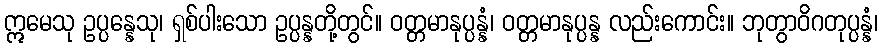
ဣမေသု ဥပ္ပန္နေသု၊ ရှစ်ပါးသော ဥပ္ပန္နတို့တွင်။ ဝတ္တမာနုပ္ပန္နံ၊ ဝတ္တမာနုပ္ပန္န လည်းကောင်း။ ဘုတွာဝိဂတုပ္ပန္နံ၊